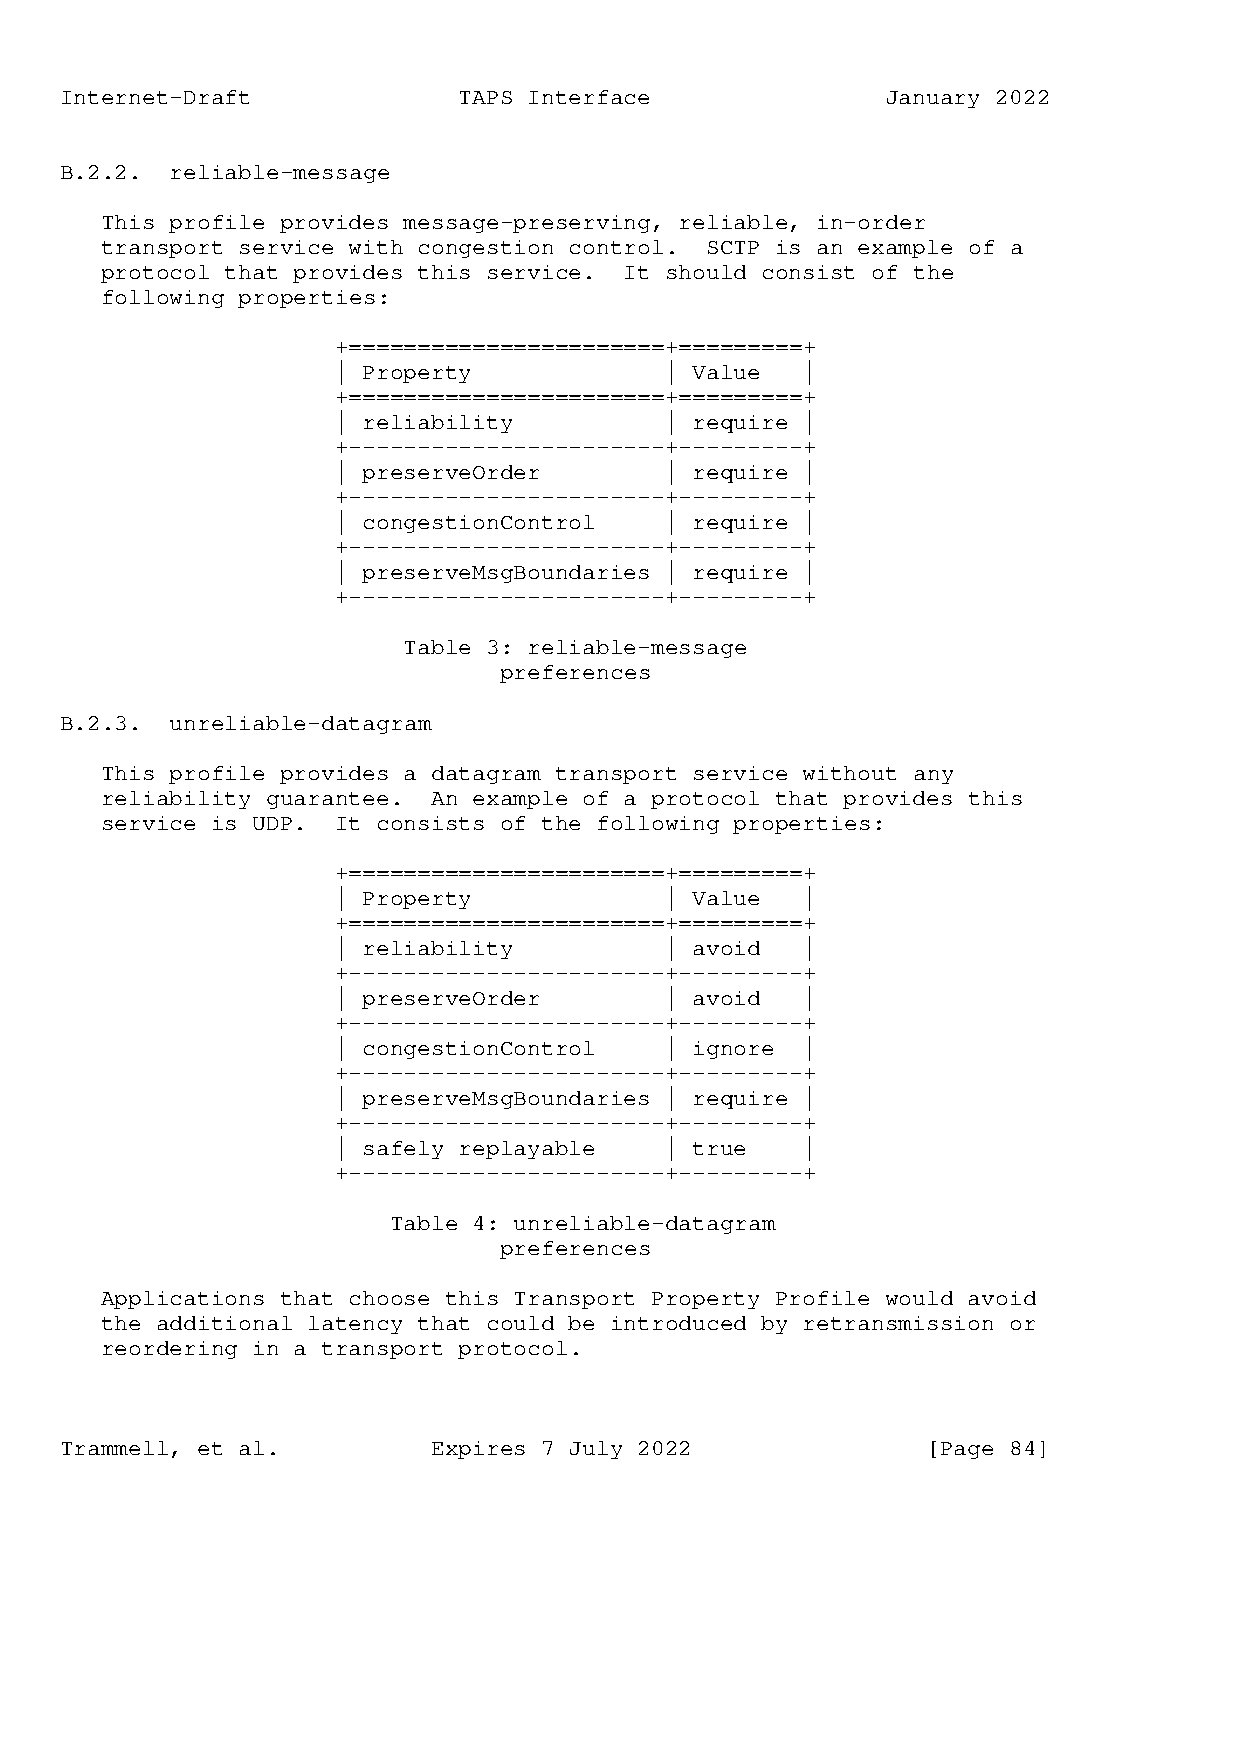
Internet-Draft            TAPS Interface               January 2022
 B.2.2. reliable-message
 This profile provides message-preserving, reliable, in-order
 transport service with congestion control. SCTP is an example of a
 protocol that provides this service. It should consist of the
 following properties:
 +=======================+=========+
 | Property            | Value  |
 +=======================+=========+
 | reliability         | require |
 +-----------------------+---------+
 | preserveOrder       | require |
 +-----------------------+---------+
 | congestionControl   | require |
 +-----------------------+---------+
 | preserveMsgBoundaries | require |
 +-----------------------+---------+
 Table 3: reliable-message
 preferences
 B.2.3. unreliable-datagram
 This profile provides a datagram transport service without any
 reliability guarantee. An example of a protocol that provides this
 service is UDP. It consists of the following properties:
 +=======================+=========+
 | Property            | Value  |
 +=======================+=========+
 | reliability         | avoid  |
 +-----------------------+---------+
 | preserveOrder       | avoid  |
 +-----------------------+---------+
 | congestionControl   | ignore |
 +-----------------------+---------+
 | preserveMsgBoundaries | require |
 +-----------------------+---------+
 | safely replayable   | true   |
 +-----------------------+---------+
 Table 4: unreliable-datagram
 preferences
 Applications that choose this Transport Property Profile would avoid
 the additional latency that could be introduced by retransmission or
 reordering in a transport protocol.
 Trammell, et al.         Expires 7 July 2022             [Page 84]